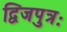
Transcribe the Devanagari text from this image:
द्विजपुत्रः